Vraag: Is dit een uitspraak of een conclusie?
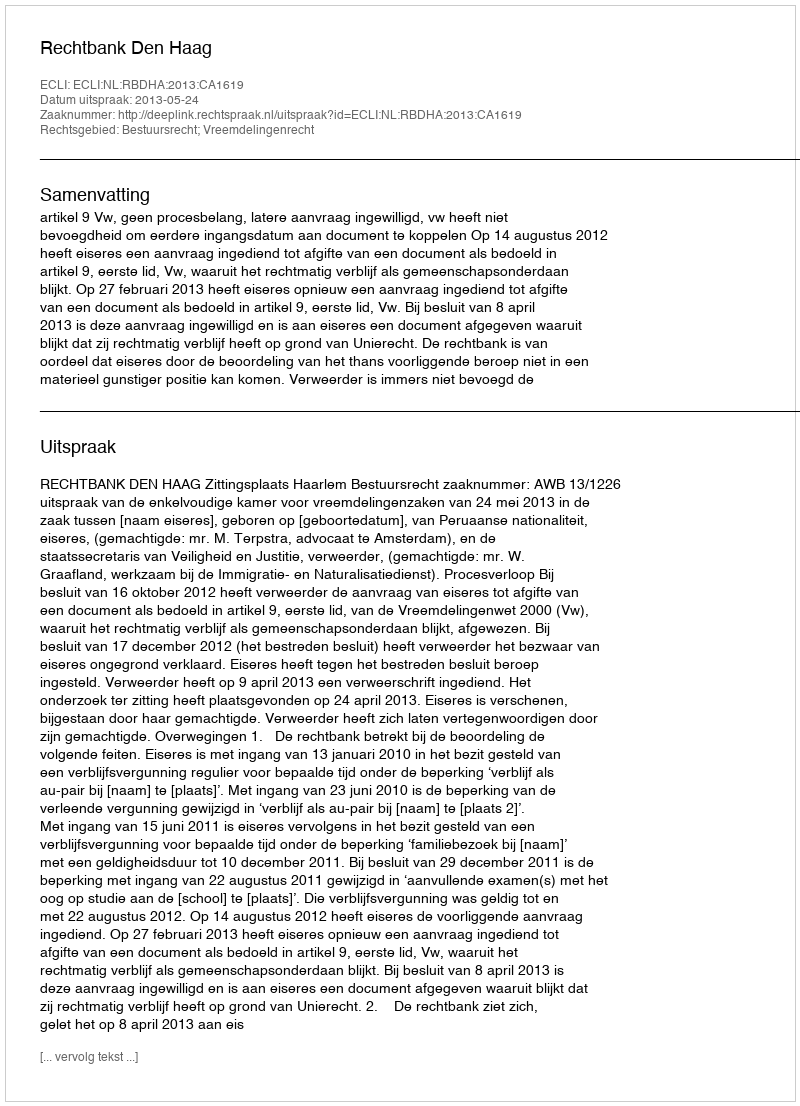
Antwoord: Uitspraak